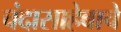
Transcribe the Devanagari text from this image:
चंदासाहेबाचे